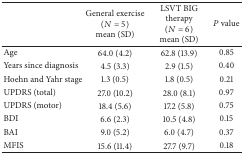
<table><thead><tr><td><b> </b></td><td><b>General exercise (<i>N</i> = 5) mean (SD)</b></td><td><b>LSVT BIG therapy (<i>N</i> = 6) mean (SD)</b></td><td><b><i>P</i> value</b></td></tr></thead><tbody><tr><td>Age</td><td>64.0 (4.2)</td><td>62.8 (13.9)</td><td>0.85</td></tr><tr><td>Years since diagnosis</td><td>4.5 (3.3)</td><td>2.9 (1.5)</td><td>0.40</td></tr><tr><td>Hoehn and Yahr stage</td><td>1.3 (0.5)</td><td>1.8 (0.5)</td><td>0.21</td></tr><tr><td>UPDRS (total)</td><td>27.0 (10.2)</td><td>28.0 (8.1)</td><td>0.97</td></tr><tr><td>UPDRS (motor)</td><td>18.4 (5.6)</td><td>17.2 (5.8)</td><td>0.75</td></tr><tr><td>BDI</td><td>6.6 (2.3)</td><td>10.5 (4.8)</td><td>0.15</td></tr><tr><td>BAI</td><td>9.0 (5.2)</td><td>6.0 (4.7)</td><td>0.37</td></tr><tr><td>MFIS</td><td>15.6 (11.4)</td><td>27.7 (9.7)</td><td>0.18</td></tr></tbody></table>